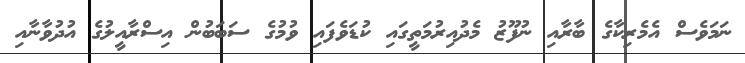
ނަމަވެސް އެމެރިކާގެ ބާރާއި ނުފޫޒު މެދުއިރުމަތީގައި ކުޑަވެފައި ވުމުގެ ސަބަބުން އިސްރާއީލުގެ އުދުވާނާއި